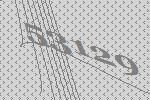
53129